Indian journal of veterinary science and animal husbandry - Volume 8,
Year: 1938
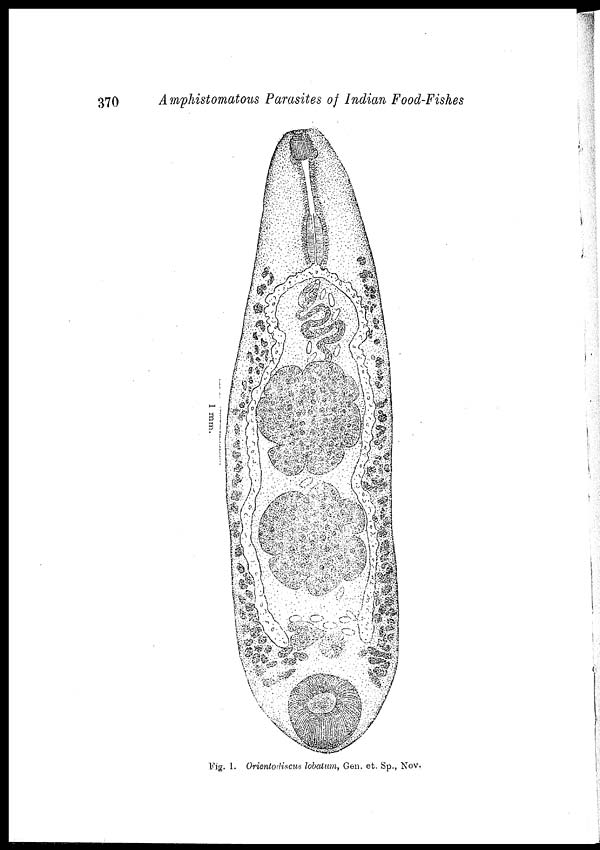
370
Amphistomatous Parasites of Indian Food-Fishes
Fig. 1. Orientodiscus lobatum, Gen. et. Sp., Nov.